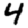
Digit: 4